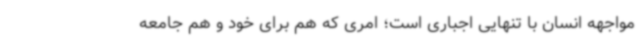
مواجهه انسان با تنهایی اجباری است؛ امری که هم برای خود و هم جامعه